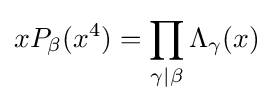
xP_{\beta }(x^{4})=\prod _{\gamma |\beta }\Lambda _{\gamma }(x)